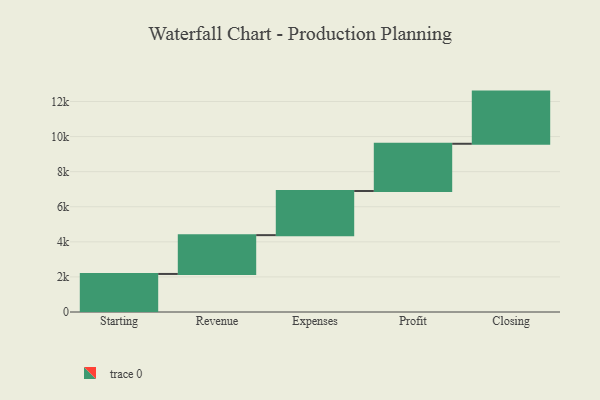
{"axis": {"x": "Step", "y": "Value"}, "legend": [""], "data": [{"x": "Starting", "y": 2169.0, "type": ""}, {"x": "Revenue", "y": 2213.0, "type": ""}, {"x": "Expenses", "y": 2517.0, "type": ""}, {"x": "Profit", "y": 2692.0, "type": ""}, {"x": "Closing", "y": 2974.0, "type": ""}]}